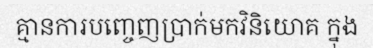
គ្មានការបញ្ចេញប្រាក់មកវិនិយោគ ក្នុង